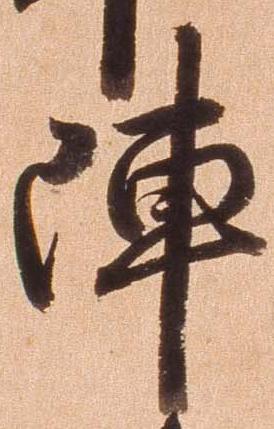
陣